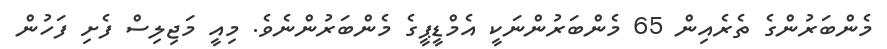
މެންބަރުންގެ ތެރެއިން 65 މެންބަރުންނަކީ އެމްޑީޕީގެ މެންބަރުންނެވެ. މިއީ މަޖިލިސް ފެށި ފަހުން